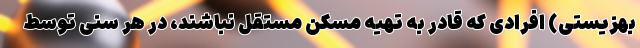
بهزیستی) افرادی که قادر به تهیه مسکن مستقل نباشند، در هر سنی توسط